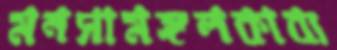
মনসামঙ্গলকাব্য